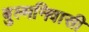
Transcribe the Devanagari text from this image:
बुल्मनिवासी